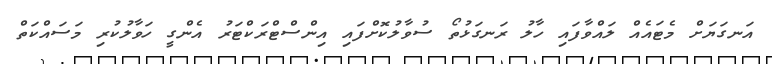
އަނގަޔަށް މެޓައެއް ލައްވާފައި ހާލު ރަނގަޅުތޯ ސުވާލުކޮށްފައި އިންސްޓްރަކްޓަރު އެންގީ ހަވާލުކުރި މަސައްކަތް